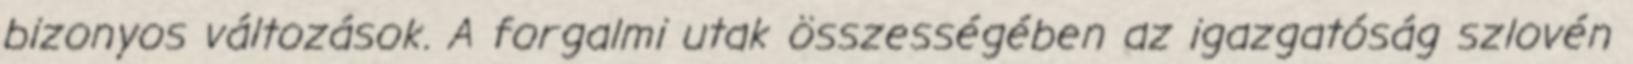
bizonyos változások. A forgalmi utak összességében az igazgatóság szlovén